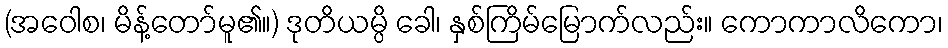
(အဝေါစ၊ မိန့်တော်မူ၏။) ဒုတိယမ္ပိ ခေါ၊ နှစ်ကြိမ်မြောက်လည်း။ ကောကာလိကော၊